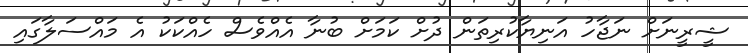
ޝީރީނަށް ނަޖާހު އަނިޔާކުރިތަން ދުށް ކަމަށް ބުނާ އެއްވެސް ހެއްކަކު އެ މައްސަލާގައި